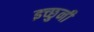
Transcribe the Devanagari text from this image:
इच्छुनी